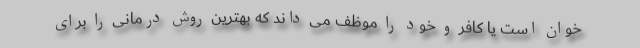
خوان است یا کافر و خود را موظف می داند که بهترین روش درمانی را برای